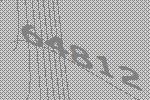
64812